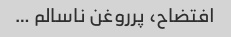
افتضاح، پرروغن ناسالم …